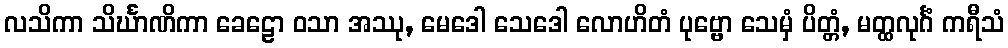
လသိကာ သိင်္ဃာဏိကာ ခေဠော ဝသာ အဿု, မေဒေါ သေဒေါ လောဟိတံ ပုဗ္ဗော သေမှံ ပိတ္တံ, မတ္ထလုင်္ဂံ ကရီသံ